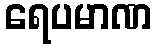
ရေပမာဏ